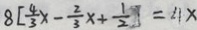
8 [ \frac { 4 } { 3 } x - \frac { 2 } { 3 } x + \frac { 1 } { 2 } ] = 4 x